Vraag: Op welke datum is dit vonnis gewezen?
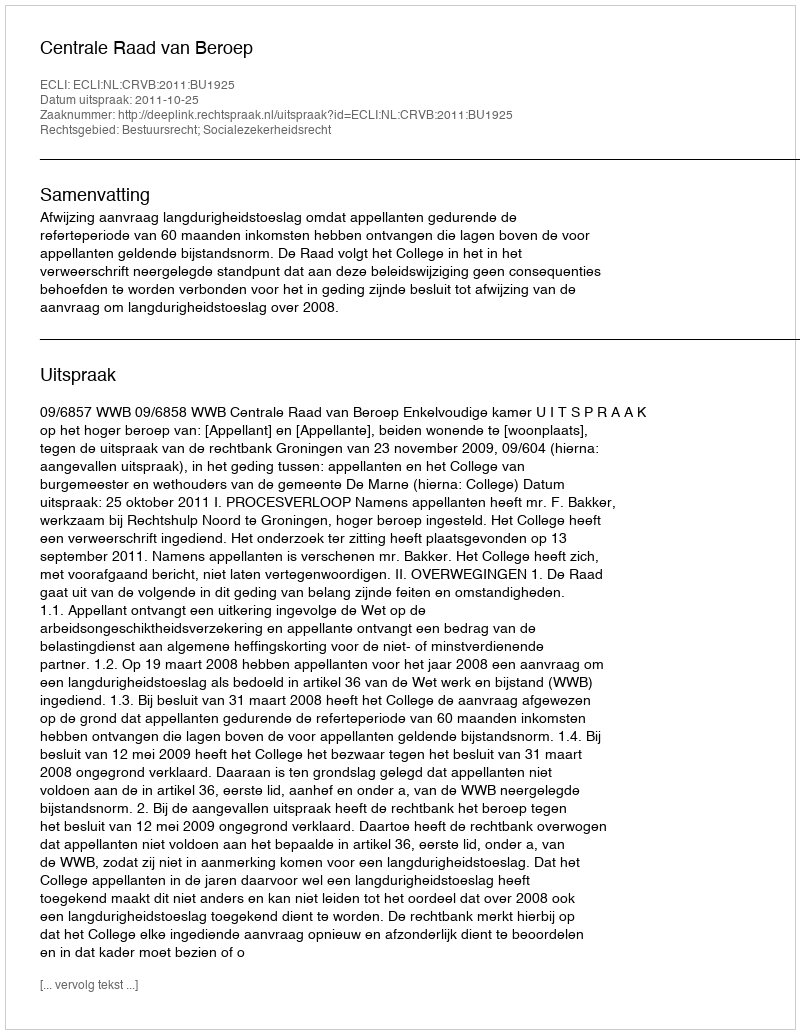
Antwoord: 2011-10-25